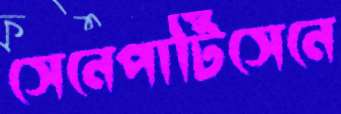
সেনেপার্টিসেনে